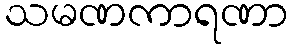
သမဏကာရဏာ